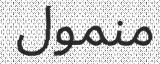
منمول